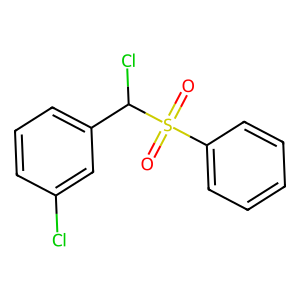
SMILES: O=S(=O)(c1ccccc1)C(Cl)c1cccc(Cl)c1
Inhibits HIV replication: No